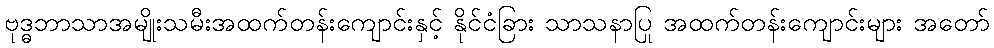
ဗုဒ္ဓဘာသာအမျိုးသမီးအထက်တန်းကျောင်းနှင့် နိုင်ငံခြား သာသနာပြု အထက်တန်းကျောင်းများ အတော်